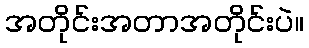
အတိုင်းအတာအတိုင်းပဲ။